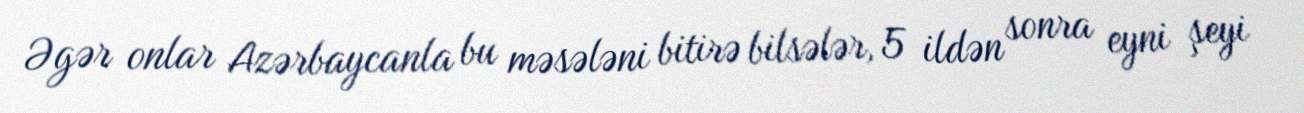
Əgər onlar Azərbaycanla bu məsələni bitirə bilsələr, 5 ildən sonra eyni şeyi